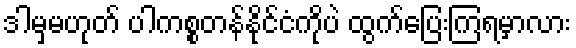
ဒါမှမဟုတ် ပါကစ္စတန်နိုင်ငံကိုပဲ ထွက်ပြေးကြရမှာလား